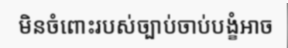
មិនចំពោះរបស់ច្បាប់ចាប់បង្ខំអាច